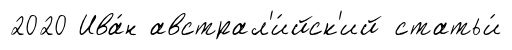
2020 Ива́н австрал'и́йск'ий статьи́